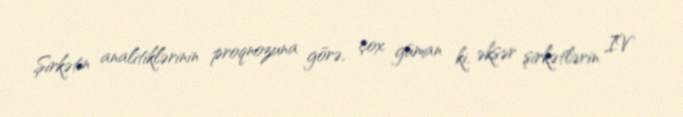
Şirkətin analitiklərinin proqnozuna görə, çox güman ki, əksər şirkətlərin IV